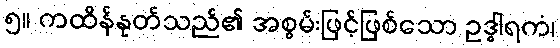
၅။ ကထိန်နုတ်သည်၏ အစွမ်းဖြင့်ဖြစ်သော ဥဒ္ဓါရကံ၊